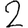
Digit: 2